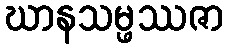
ဃာနသမ္ဖဿဇာ